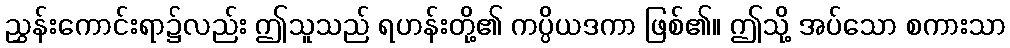
ညွှန်းကောင်းရာ၌လည်း ဤသူသည် ရဟန်းတို့၏ ကပ္ပိယဒကာ ဖြစ်၏။ ဤသို့ အပ်သော စကားသာ